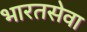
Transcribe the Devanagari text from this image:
भारतसेवा